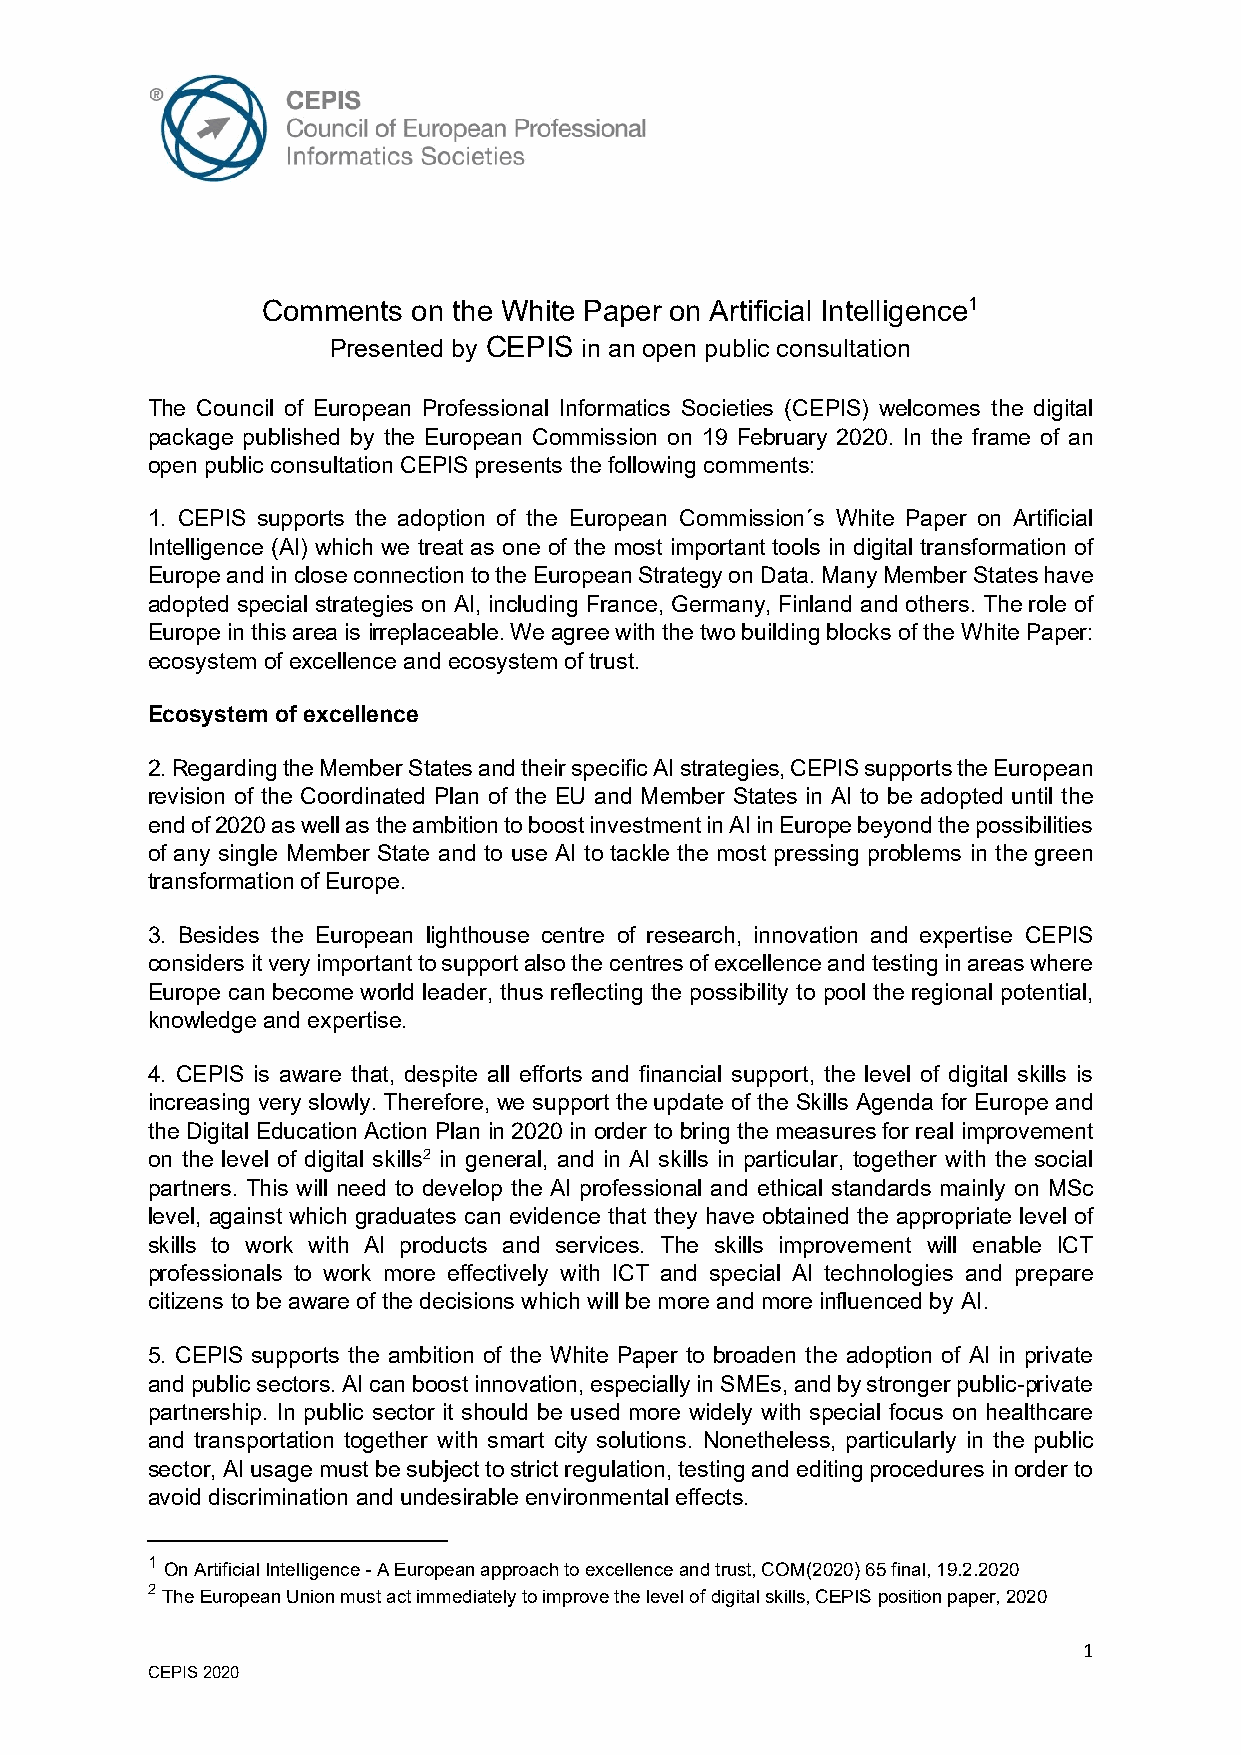
Comments  on the White Paper on Artificial Intelligence1
 Presented by CEPIS in an open public consultation
 The Council of European Professional Informatics Societies (CEPIS) welcomes the digital
 package published by the European Commission on 19 February 2020. In the frame of an
 open public consultation CEPIS presents the following comments:
 1. CEPIS supports the adoption of the European Commission´s White Paper on Artificial
 Intelligence (AI) which we treat as one of the most important tools in digital transformation of
 Europe and in close connection to the European Strategy on Data. Many Member States have
 adopted special strategies on AI, including France, Germany, Finland and others. The role of
 Europe in this area is irreplaceable. We agree with the two building blocks of the White Paper:
 ecosystem of excellence and ecosystem of trust.
 Ecosystem of excellence
 2. Regarding the Member States and their specific AI strategies, CEPIS supports the European
 revision of the Coordinated Plan of the EU and Member States in AI to be adopted until the
 end of 2020 as well as the ambition to boost investment in AI in Europe beyond the possibilities
 of any single Member State and to use AI to tackle the most pressing problems in the green
 transformation of Europe.
 3. Besides the European lighthouse centre of research, innovation and expertise CEPIS
 considers it very important to support also the centres of excellence and testing in areas where
 Europe can become world leader, thus reflecting the possibility to pool the regional potential,
 knowledge and expertise.
 4. CEPIS is aware that, despite all efforts and financial support, the level of digital skills is
 increasing very slowly. Therefore, we support the update of the Skills Agenda for Europe and
 the Digital Education Action Plan in 2020 in order to bring the measures for real improvement
 on the level of digital skills2 in general, and in AI skills in particular, together with the social
 partners. This will need to develop the AI professional and ethical standards mainly on MSc
 level, against which graduates can evidence that they have obtained the appropriate level of
 skills to work with AI products and services. The skills improvement will enable ICT
 professionals to work more effectively with ICT and special AI technologies and prepare
 citizens to be aware of the decisions which will be more and more influenced by AI.
 5. CEPIS supports the ambition of the White Paper to broaden the adoption of AI in private
 and public sectors. AI can boost innovation, especially in SMEs, and by stronger public-private
 partnership. In public sector it should be used more widely with special focus on healthcare
 and transportation together with smart city solutions. Nonetheless, particularly in the public
 sector, AI usage must be subject to strict regulation, testing and editing procedures in order to
 avoid discrimination and undesirable environmental effects.
 1
 On Artificial Intelligence - A European approach to excellence and trust, COM(2020) 65 final, 19.2.2020
 2 The European Union must act immediately to improve the level of digital skills, CEPIS position paper, 2020
 1
 CEPIS 2020